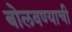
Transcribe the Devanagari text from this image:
बोलवण्याची